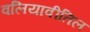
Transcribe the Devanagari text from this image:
वलियावीतिल